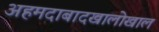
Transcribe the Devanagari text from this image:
अहमदाबादखालोखाल